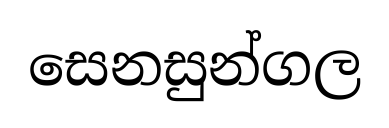
සෙනසුන්ගල